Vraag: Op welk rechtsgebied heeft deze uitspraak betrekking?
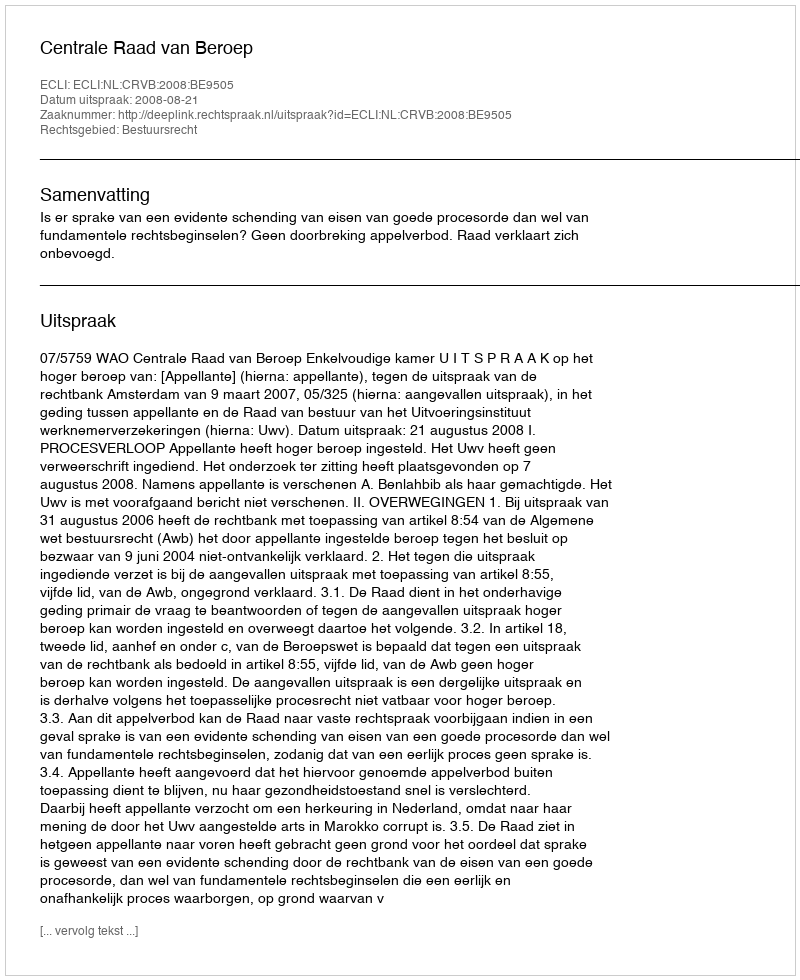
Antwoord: Bestuursrecht